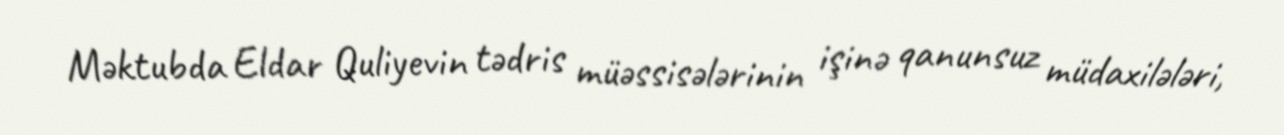
Məktubda Eldar Quliyevin tədris müəssisələrinin işinə qanunsuz müdaxilələri,